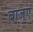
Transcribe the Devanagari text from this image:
बाजुएं